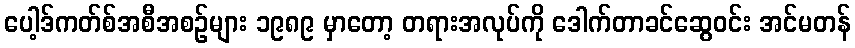
ပေါ့ဒ်ကတ်စ်အစီအစဉ်များ ၁၉၈၉ မှာတော့ တရားအလုပ်ကို ဒေါက်တာခင်ဆွေဝင်း အင်မတန်